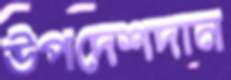
উপদেশদান